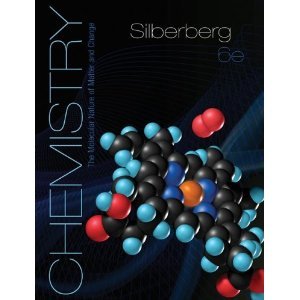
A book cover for CHEMISTRY-W/ACCESS >CUSTOM<; Silberberg; Science & Math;